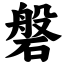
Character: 磐